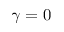
\gamma = 0